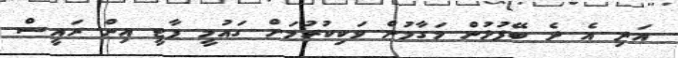
އަދި އެ ދެ ބޭފުޅުން މަގާމުން ވަކިކުރުމަށް ގައުމީ ޕާޓީ އިން ރައީސް